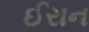
ઈરાન